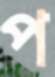
প